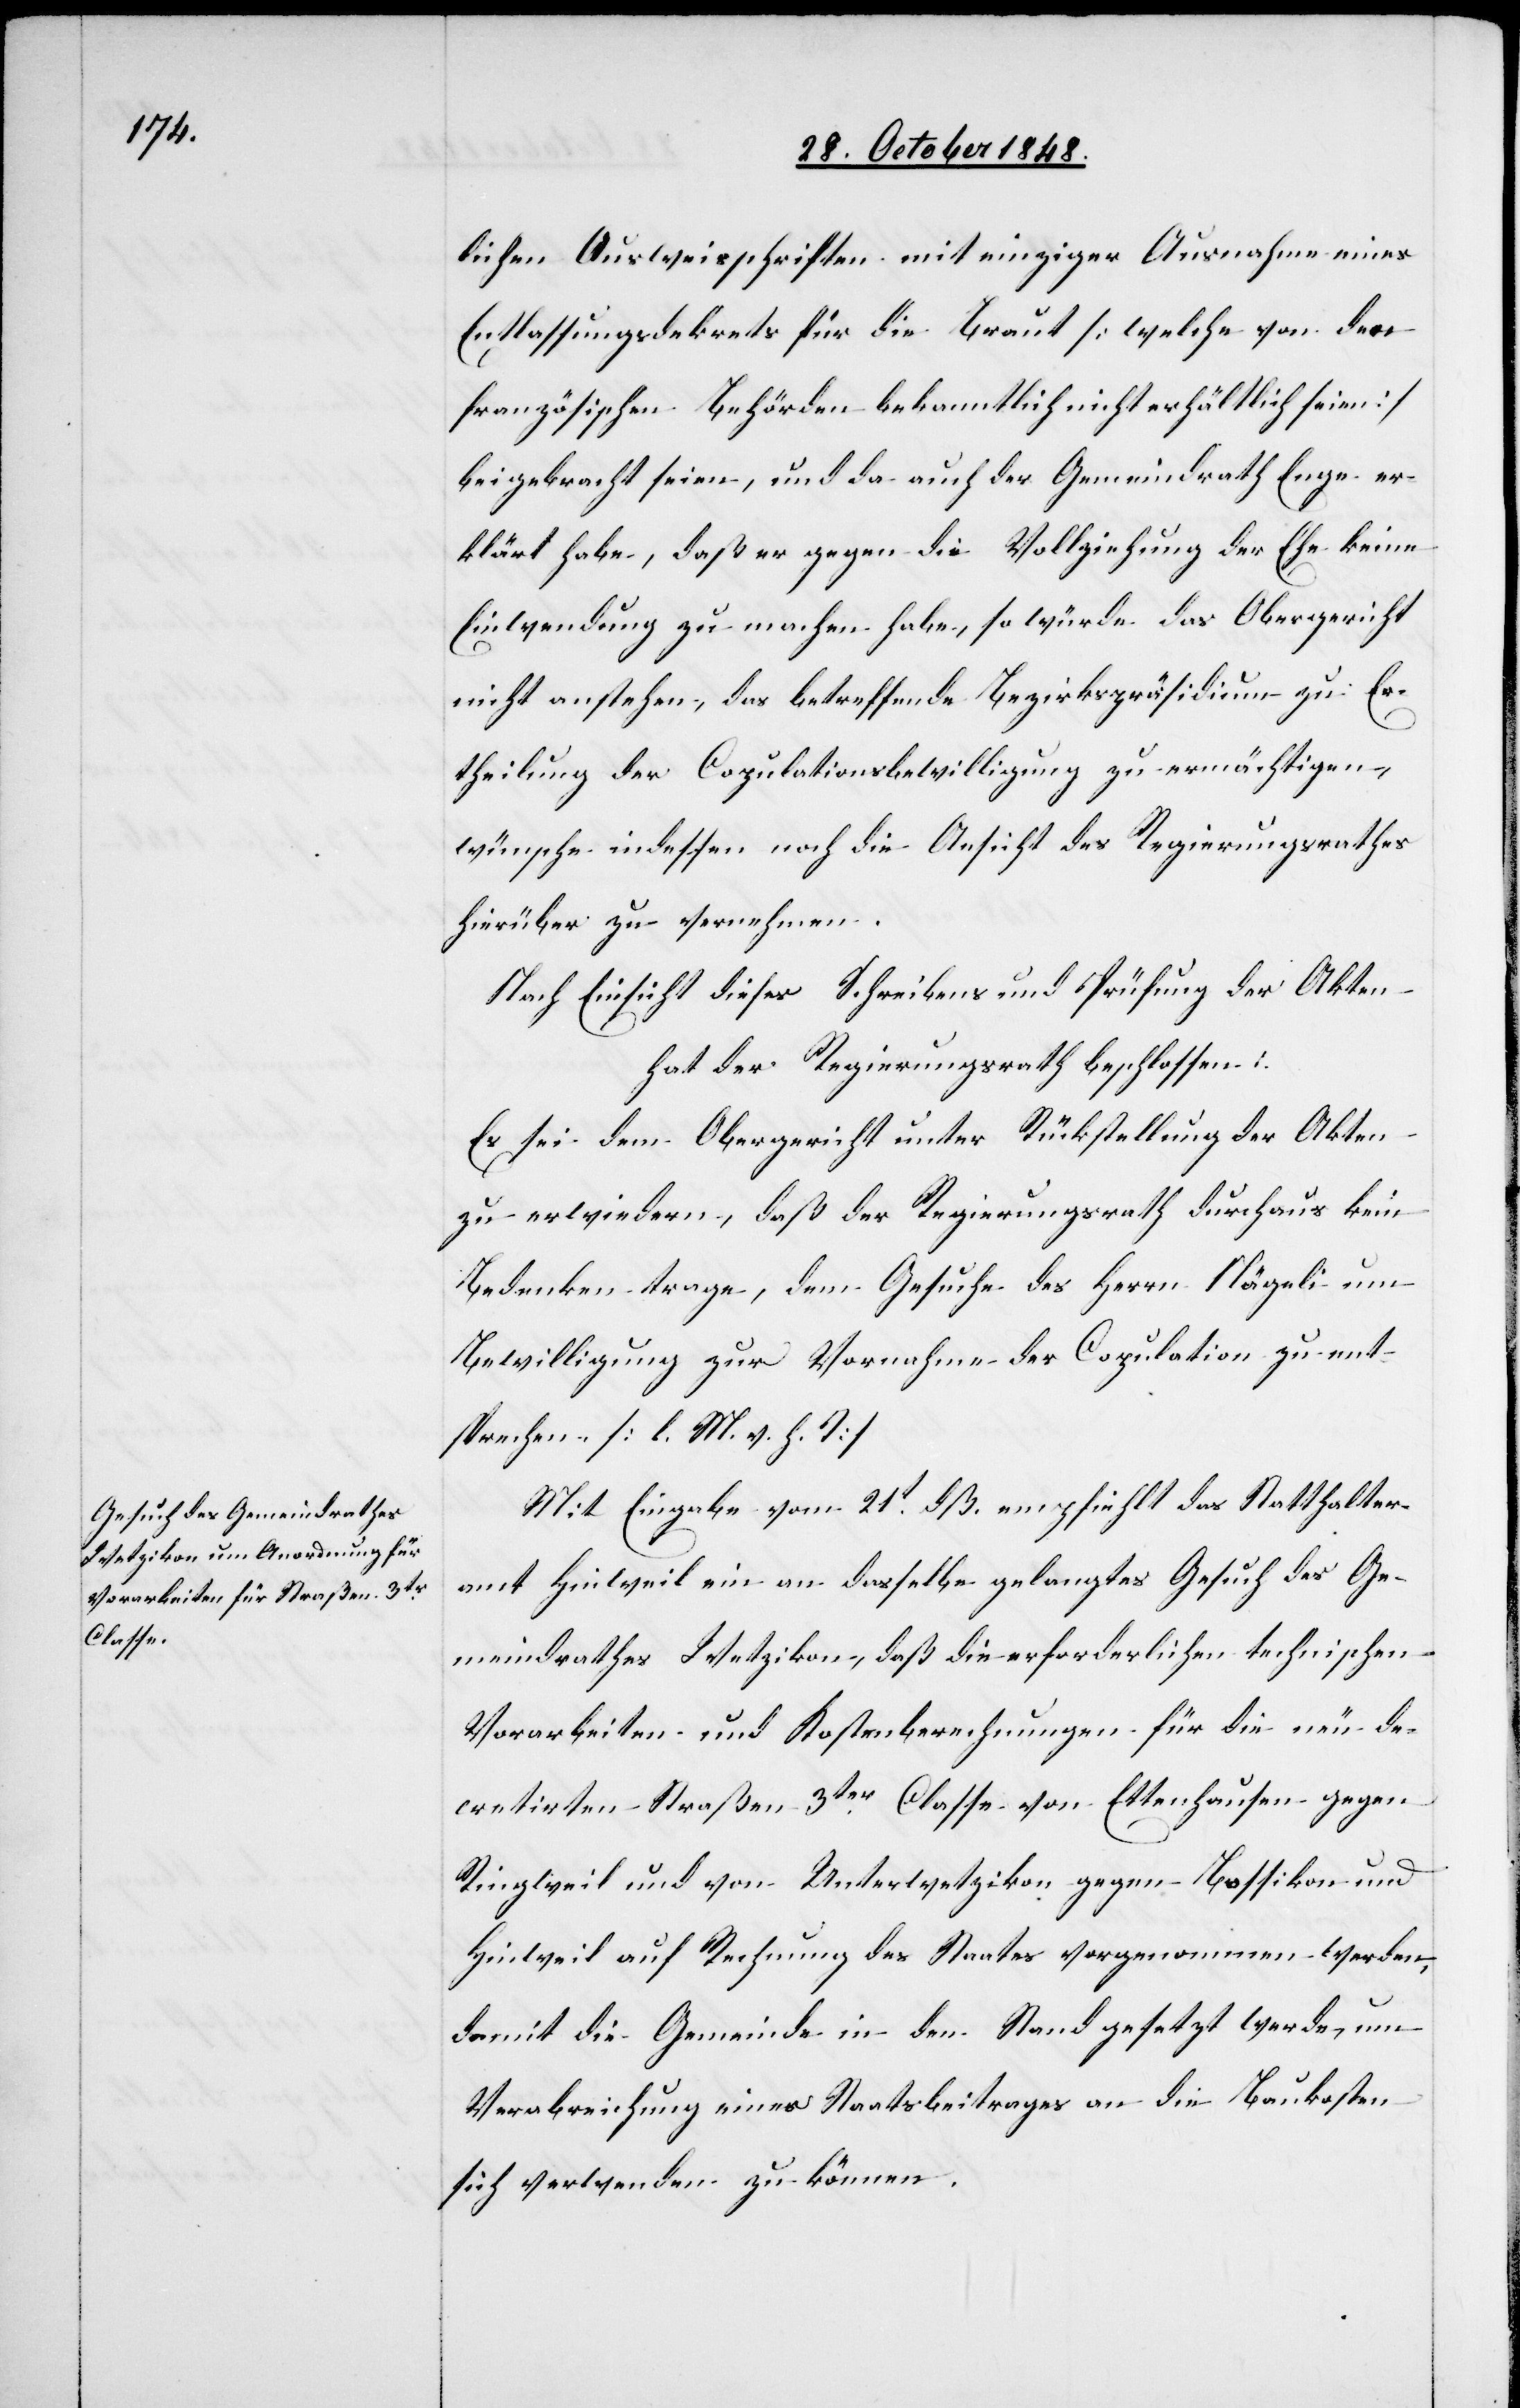
lichen Ausweisschriften mit einziger Ausnahme eines
Entlassungsdekrets für die Braut [welche von den
französischen Behörden bekanntlich nicht erhältlich seien]
beigebracht seien, und da auch der Gemeindrath Enge er¬
klärt habe, daß er gegen die Vollziehung der Ehe keine
Einwendung zu machen habe, so würde das Obergericht
nicht anstehen, das betreffende Bezirkspräsidium zu Er¬
theilung der Copulationsbewilligung zu ermächtigen,
wünsche indessen noch die Ansicht des Regierungsrathes
hierüber zu vernehmen.
Nach Einsicht dieses Schreibens und Prüfung der Akten
hat der Regierungsrath beschlossen:
Es sei dem Obergericht unter Rückstellung der Akten
zu erwiedern, daß der Regierungsrath durchaus kein
Bedenken trage, dem Gesuche des Herrn Nägeli um
Bewilligung zur Vornahme der Copulation zu ent¬
sprechen. [l. M. v. h. T]
Mit Eingabe vom 21t dß. empfiehlt das Statthalter¬
amt Hinweil ein an dasselbe gelangtes Gesuch des Ge¬
meindrathes Wetzikon, daß die erforderlichen technischen
Vorarbeiten und Kostenberechnungen für die neu de¬
cretirten Straßen 3ter Classe von Ettenhausen gegen
Ringweil und von Unterwetzikon gegen Bossikon und
Hinweil auf Rechnung des Staates vorgenommen werden,
damit die Gemeinde in den Stand gesetzt werde, um
Verabreichung eines Staatsbeitrages an die Baukosten
sich verwenden zu können.